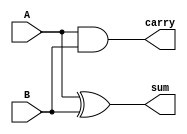
`timescale 1ns / 1ps
//////////////////////////////////////////////////////////////////////////////////
// Company: 
// Engineer: 
// 
// Design Name: 
// Module Name:    halfadderS 
// Project Name: 
// Target Devices: 
// Tool versions: 
// Description: 
//
// Dependencies: 
//
// Revision: 
// Revision 0.01 - File Created
// Additional Comments: 
//
//////////////////////////////////////////////////////////////////////////////////
module halfadderS(sum,carry,A,B
    );
input A,B;
output sum,carry;
xor g1(sum,A,B);
and g2(carry,A,B);

endmodule